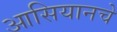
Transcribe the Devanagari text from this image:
आसियानचे